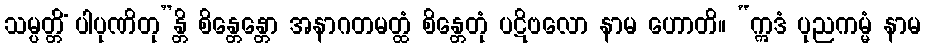
သမ္ပတ္တိံ ပါပုဏိတု”န္တိ စိန္တေန္တော အနာဂတမတ္ထံ စိန္တေတုံ ပဋိဗလော နာမ ဟောတိ။ “ဣဒံ ပုညကမ္မံ နာမ